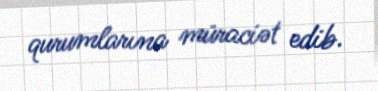
qurumlarına müraciət edib.